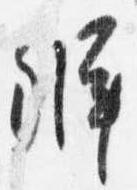
弁